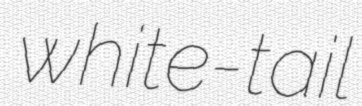
white-tail